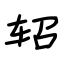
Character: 轺